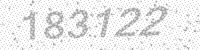
Solution: 183122